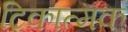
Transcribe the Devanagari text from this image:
टिकात्मक